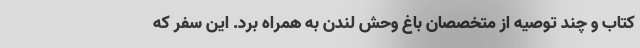
کتاب و چند توصیه از متخصصان باغ وحش لندن به همراه برد. این سفر که